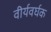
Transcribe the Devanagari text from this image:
वीर्यवर्घक